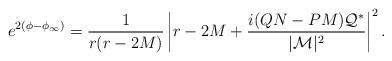
LaTeX: \begin{align*}e^{2\left(\phi-\phi_{\infty}\right)}=\frac{1}{r(r-2M)}\left|r-2M+\frac{i(QN-PM){\cal Q}^*}{|{\cal M}|^2}\right|^2.\end{align*}